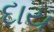
દાય